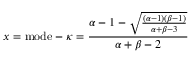
x = { \mathrm { m o d e } } - \kappa = { \frac { \alpha - 1 - { \sqrt { \frac { ( \alpha - 1 ) ( \beta - 1 ) } { \alpha + \beta - 3 } } } } { \alpha + \beta - 2 } }